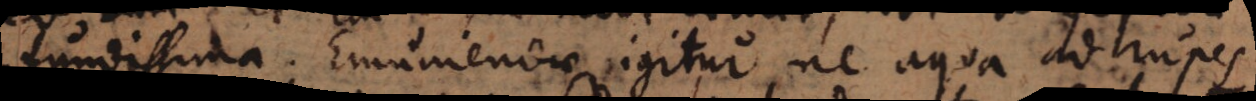
fundissima. Emuniendae igitur ne aqua ad rupes